Bréfritari: Páll Magnússon
Viðtakandi: Jón Borgfirðingur
Dagsetning: A-1866-02-23
Skrifað á: Kjarna  Eyf.

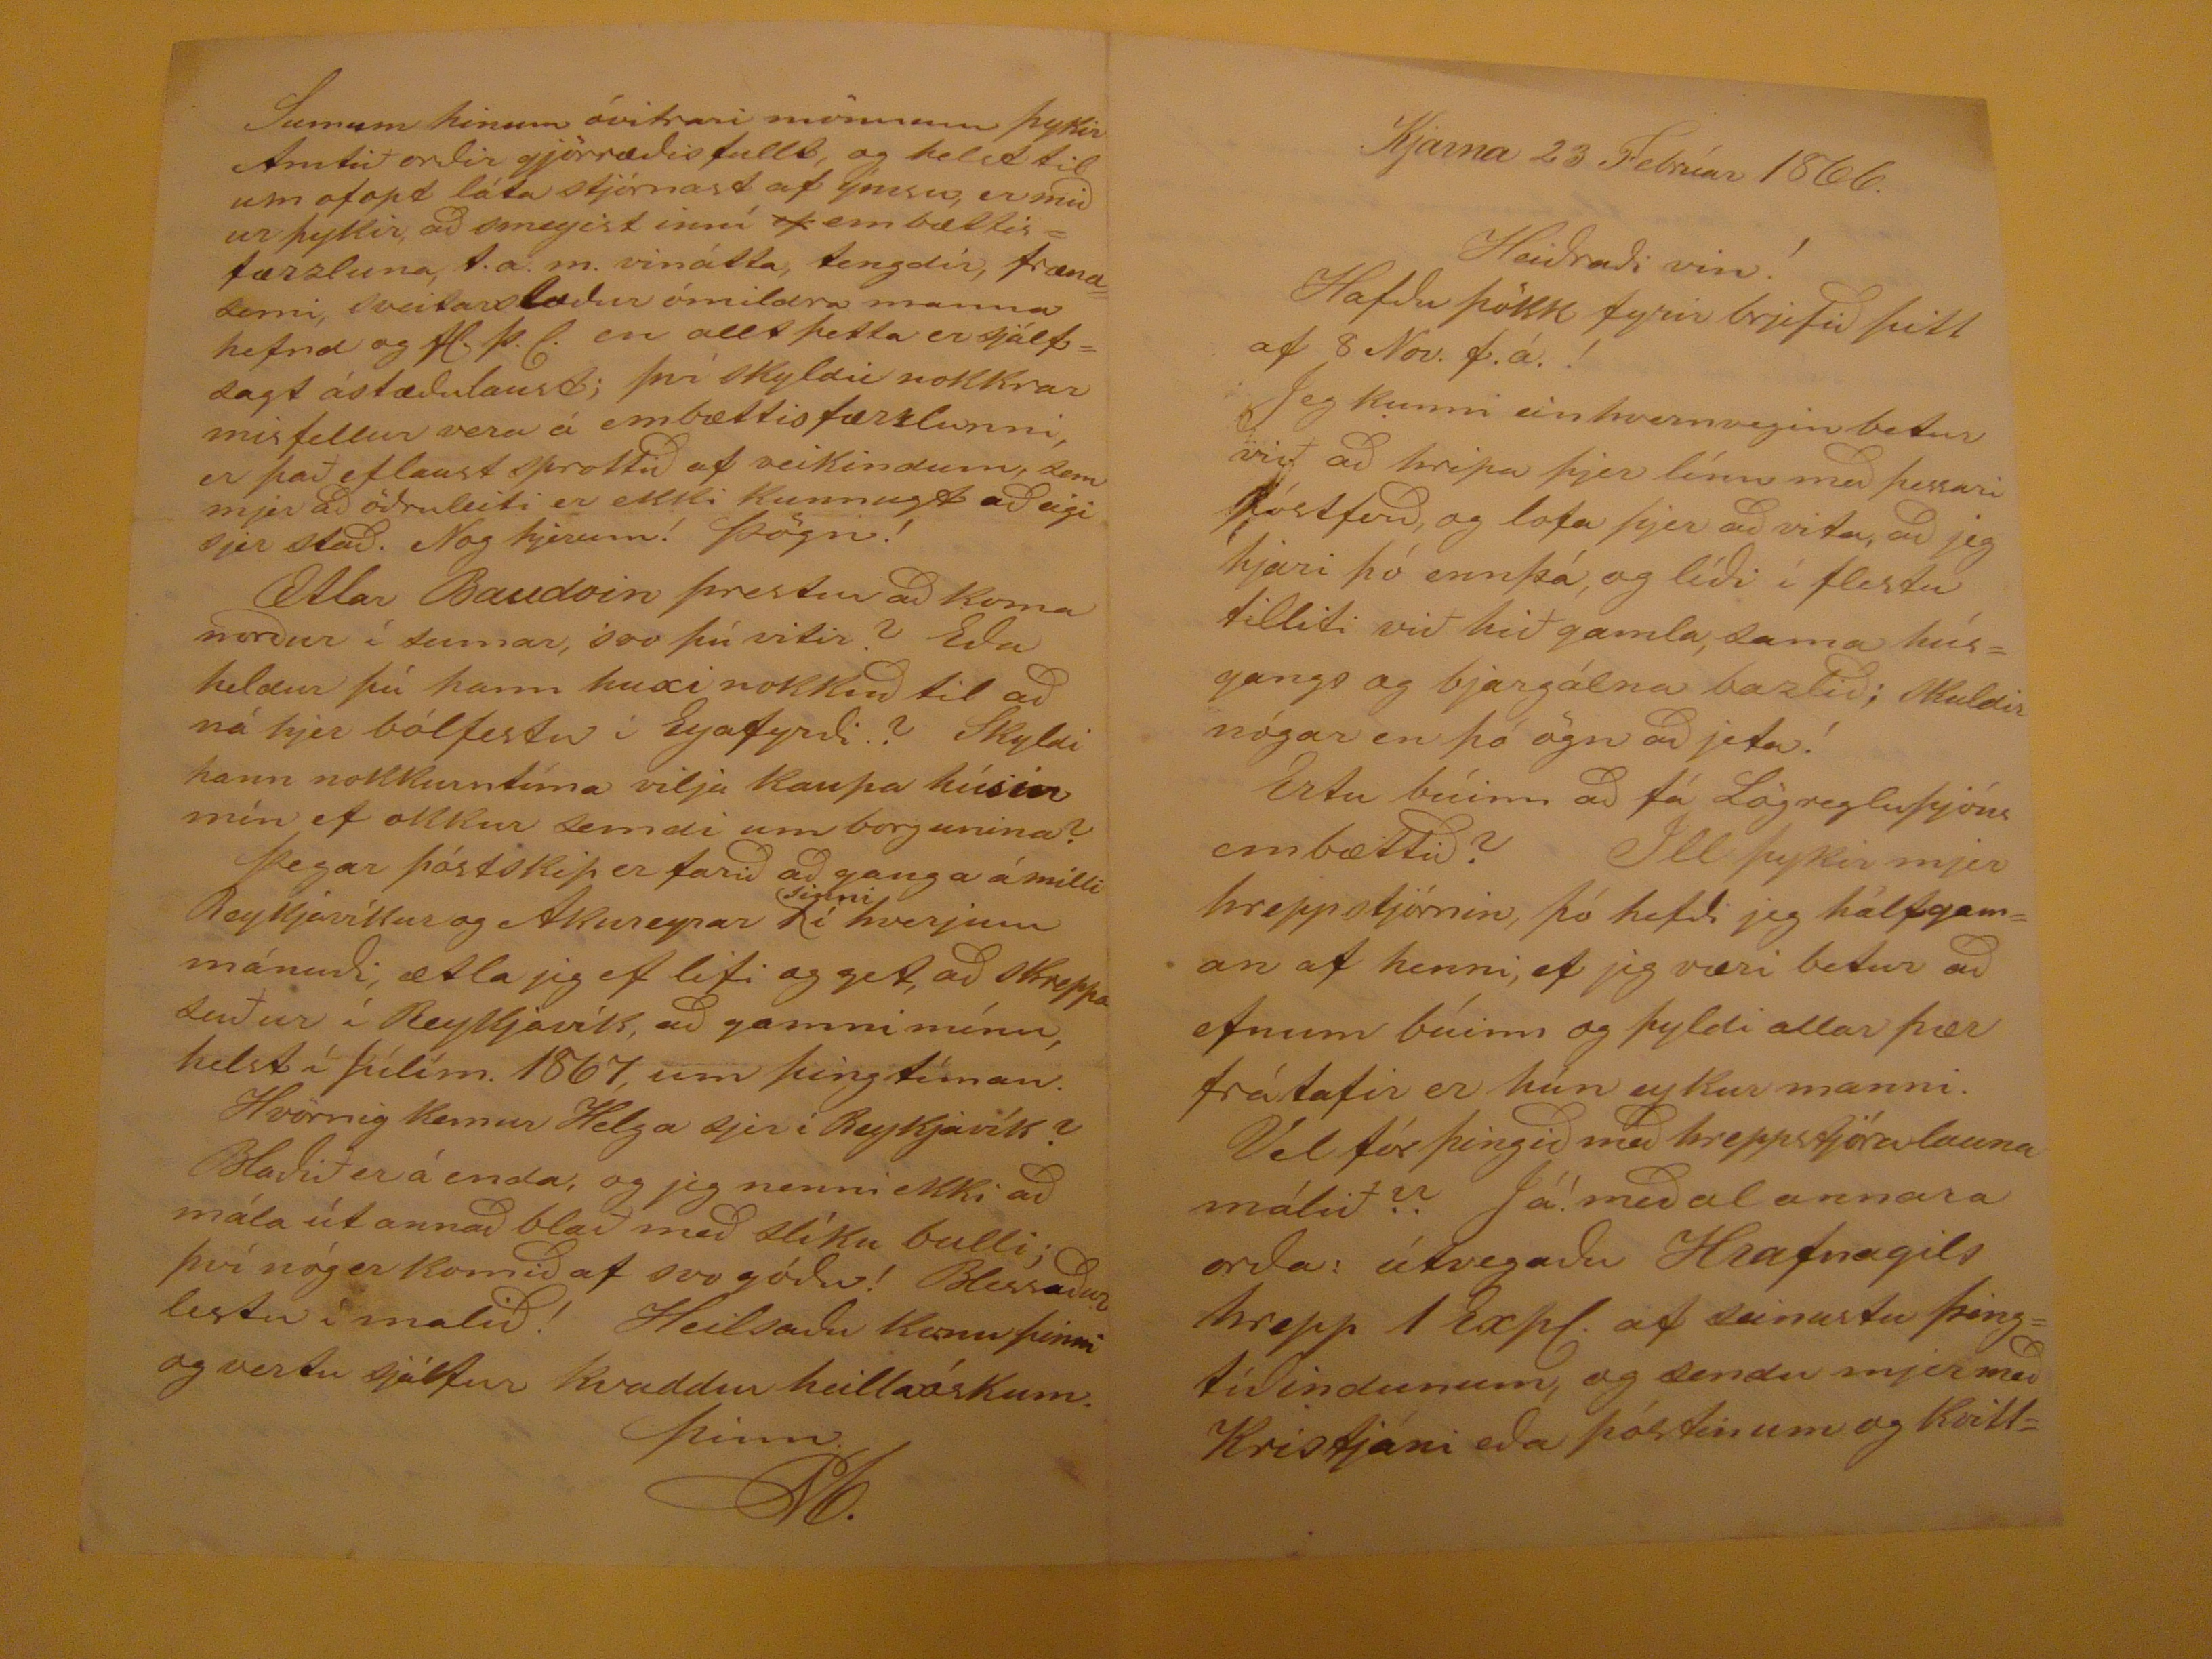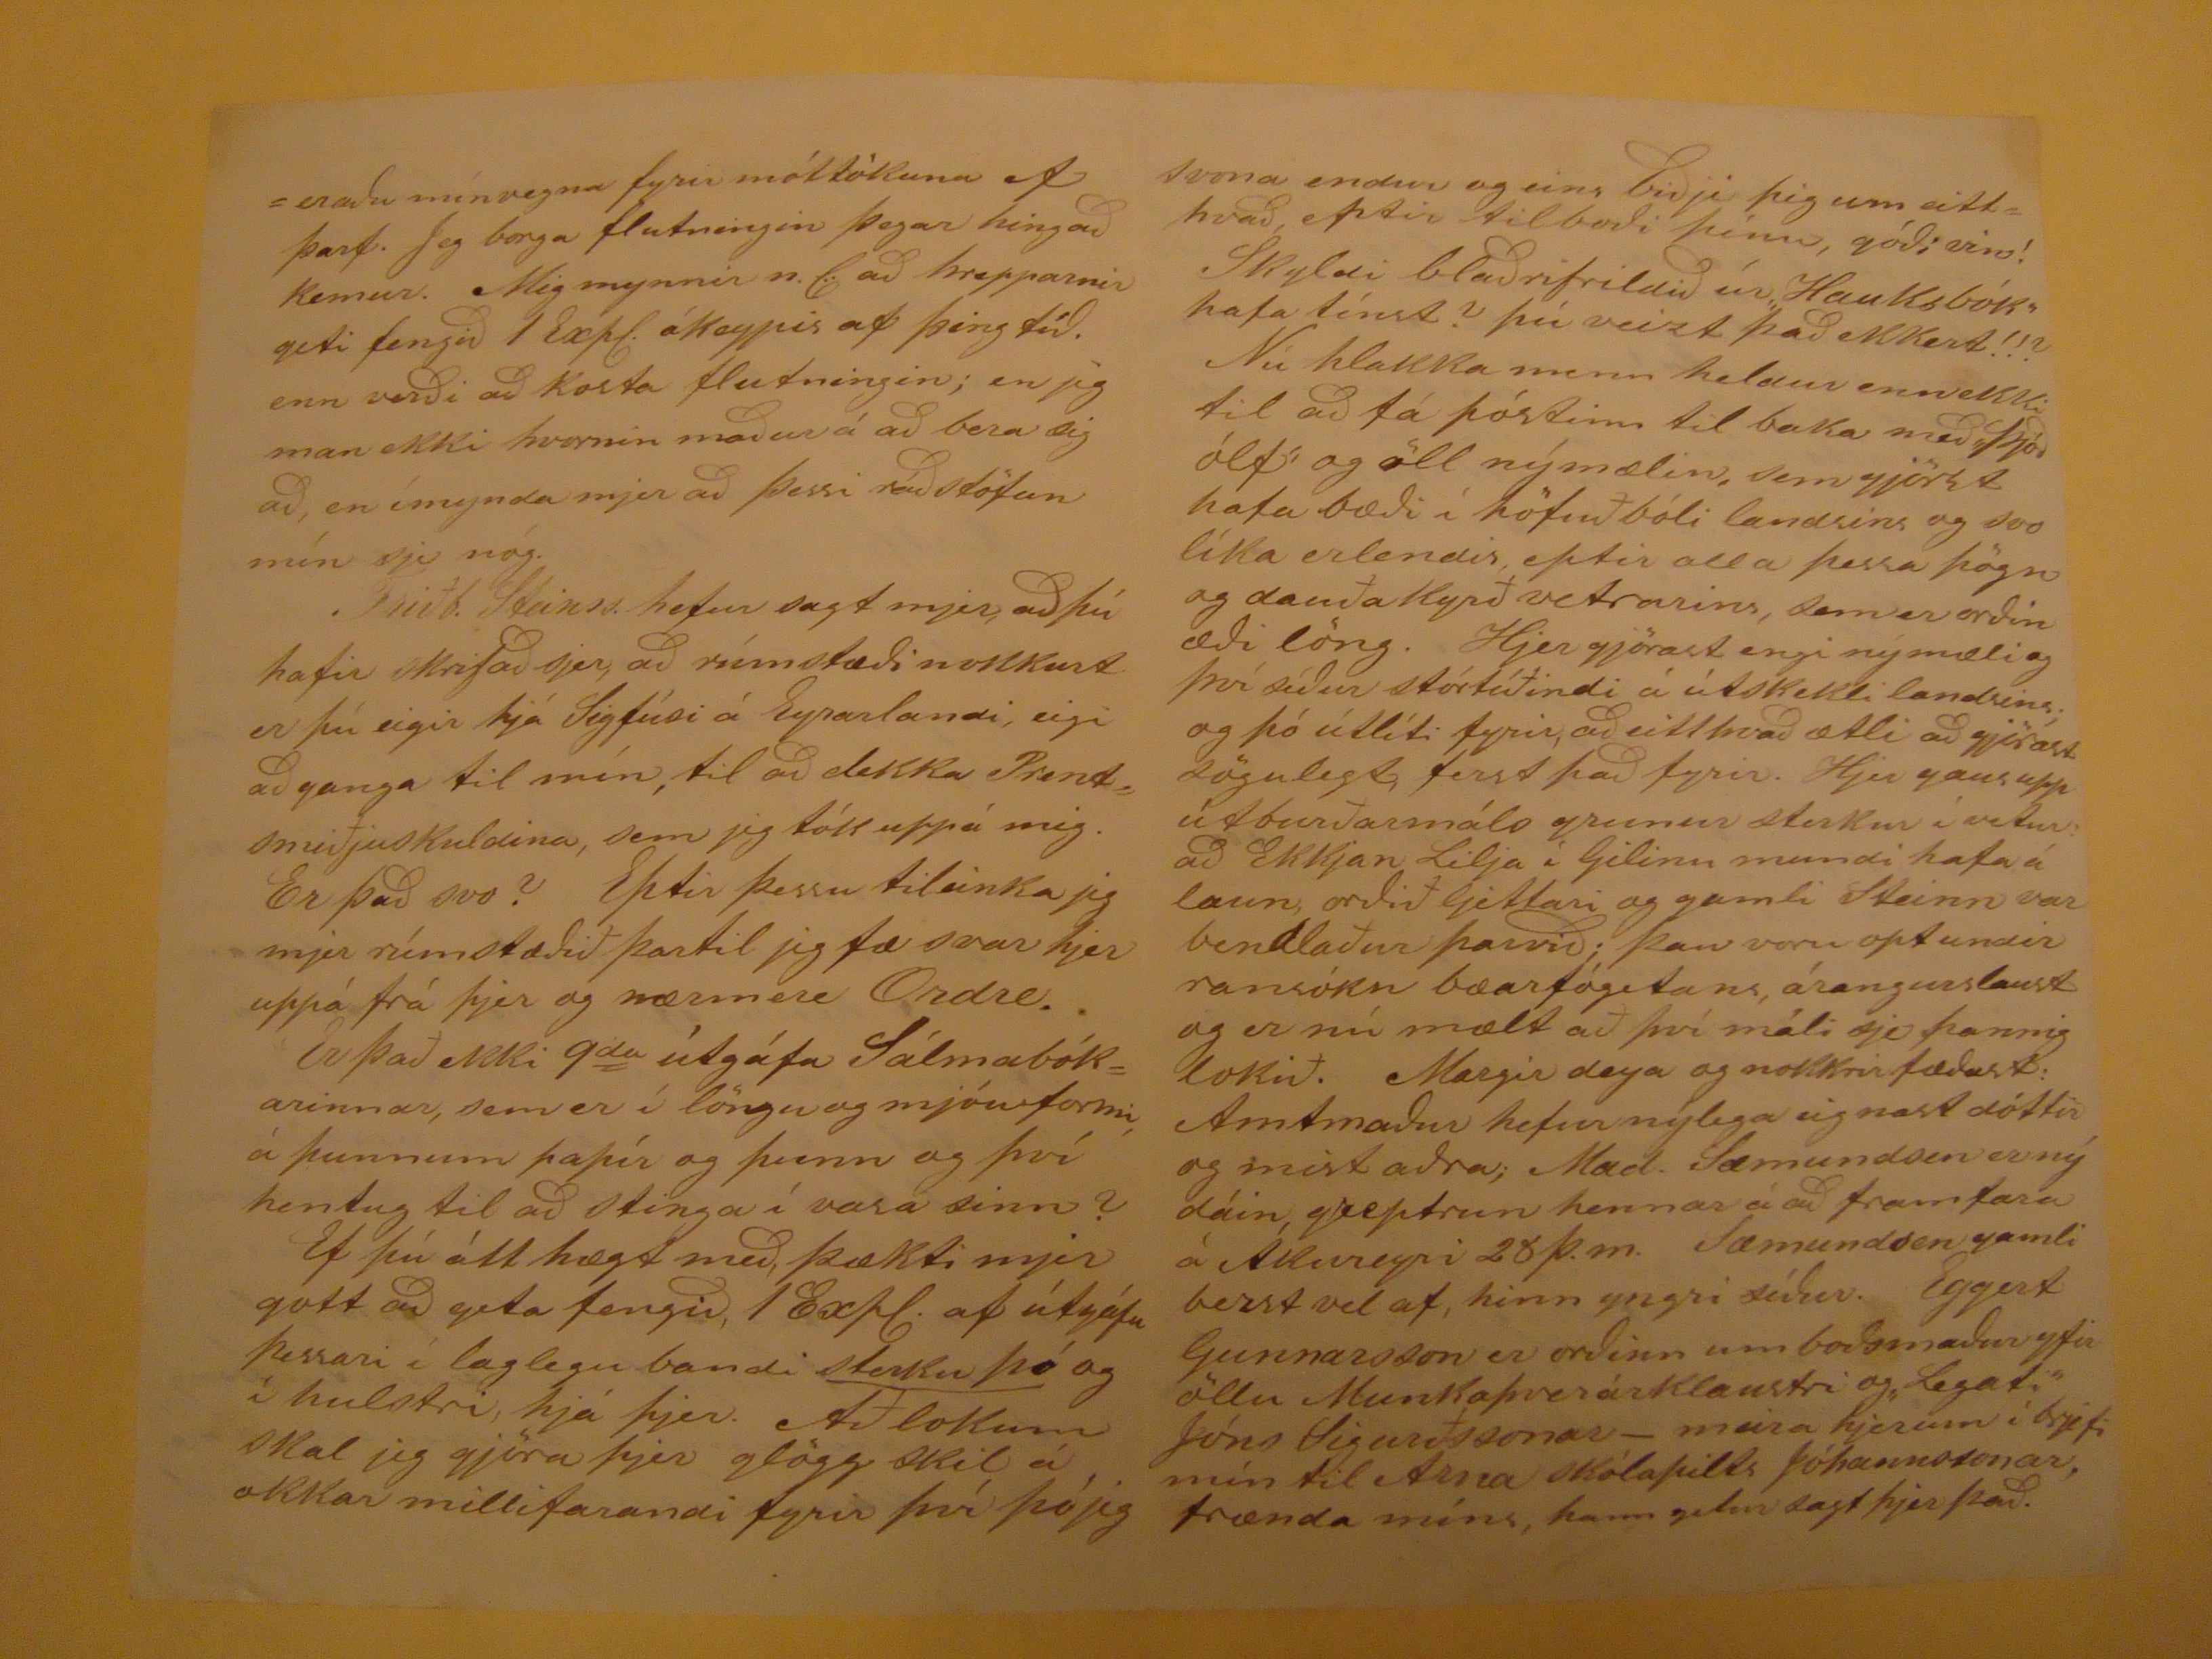

Kjarna 23 Febrúar 1866.
Heidradi vin!
Hafdu þökk fyrir brjefid þitt af 8 Nov. f. á.!
Jeg kunni einhvernvegin betur við ad hripa þjer línu med þessari póstferd, og lofa þjer ad vita, ad jeg ljæri þó ennþá, og lídi í flestu tilliti við hið gamla, sama húsgangs og bjargálma barlid; Skuldir nógar en þó ögn ad jeta!
Ertu búinn ad fá Lögregluþjóns embættid? Ill þykir mjer hreppstjórnin, þó hefdi jeg hálfgaman af henni ef jeg væri betur ad efnum búinn og þyldi allar þær frátafir er hún eykur manni.
Vel fór þingid med hreppstjóralauna málid fá! medal annara orda: útvegadu Hrafnagils hrepp 1 Expt. af seinustu þingtídindunum, og sendu mjer med Kristjáni eda póstinum og Kvill
eradu mínvegna fyrir móttökuna ef þarf. Jeg borga flutningin þegar hingad kemur. Mig mynnir n. f: ad hrepparnir geti fengid 1 Expt. ókeypis af þing tíd. enn verdi ad kosta flutningin; en jeg man ekki hvernin madur á ad bera sig ad, en ímynda mjer ad þessi rádstöfun mín sje nóg.
Friðb. Steinss. hefur sagt mjer, ad þú hafir skrifad sjer, ad rímstædi nokkurt er þú eigir hjá Sigfúsi á Eyrarlandi, eigi ad ganga til mín, til ad dekka Prestsmiðjuskuldina, sem jeg tók uppá mig. Er þad svo? Eptir þessu tileinka jeg mjer rúmstædið þartil jeg fæ svar hjer uppá frá þjer og næumer Ondre.
Er það ekki 9da útgáfa Sálmabókarinnar, sem er í löngu og mjóu formi, á þunnum papír og þunn og því hentug til ad stinga í vasa sinn?
Ef þú átt hægt med, þækti mjer gott ad geta fengid, 1 Expt. af útgáfu þessari í laglegu bandi sterku þó og í hulstri, hjá þjer. Að lokum skal jeg gjöra þjer glögg skil á okkar millifarandi fyrir því þó jeg
svona endur og eins bidji þig um eitthvad, eptir tilbodi þínu, gódi eins!
Skyldi bladrifrildid úr Hauksbók hafa tínst? þú veizt þad ekkert!!?
Nú hlakka menn heldur enn ekki til ad fá póstinn til baka med þjódólfi og öll nýmælin, sem gjörst hafa bædi í höfuðbóli landsins og svo líka erlendis, eptir alla þessa þögn og dauða Kyrð vetrarins, sem er ordin ædi löng. Hjer gjörast engi nýmæli og því sídur stórtíðindi á útskekli landsins. og þó útlíti fyrir, ad eitthvad ætli ad gjörast sögulegt, ferst þad fyrir. Hjer gaus upp útbarðarmáls gumur sterkur í vetur: ad Ekkjan Lilja í Gilinu mundi hafa á laun ordið Gittari og gamli Steinn var bendlaður þarvid; þau voru opt undir ransókn bæarfógetans, árangurslaust og er nú mælt að því máli sje þannig lokið. Margir deya og nokkrir fædast. Amtmadur hefur nýlega eignast dóttir og mist adra; Mad. Sæmundsen er ný dáin, greptrun hennar á ad framfara á Akureyri 28 þ.m. Sæmundsen gamli berzt vel af, hinn yngri sídur. Eggert Gunnarsson er ordinn umbodsmadur yfir öllu Munkaþverárklaustri og legati Jóns Sigurðssonar- meira hjerum í brjefi mín til Arna skólapilts Jóhannssonar, frænda míns, hann getir sagt þjer þad.
Sumum hinum óvitrari mönnum þykir Amtið ordir gjörrædisfullt, og helst til um ofopt láta stjórnast af ýmsu, er midur þykir, ad smeygist inní
ef
embættisfærzluna, t.a.m. vinátta, tengdir, frænasemi, sveitarslædur ómildra manna hefnd og H.þ.l. en allt þetta er sjálfsagt ástædulaust; því skyldir nokkrar misfellur vera á embættisfærzlunni, er það eflaust sprottid af veikindum, sem mjer ad ödruleiti er ekki kunnugt ad eigi sjer stad. Nog hjerum! Þögn!
Ætlar Balldoin prestur ad koma nordur í sumar, svo þú vitir? Eda heldur þú hann huxi nokkud til ad ná hjer bólfestu i Eyafyrdi? Skyldi hann nokkurntíma vilja Kaupa húsin mín ef okkur semdi um borgunina?
Þegar póstskip er farid ad ganga á milli Reykjavíkur og Akureyrar 1(fyrir ofan "sinni) í hverjum mánudi, ætla jeg ef lifi og get, ad skreppa suður í Reykjavík, ad gamni mínu, helst í þílim. 1867, um þingtíman.
Hvörnig kemur Helga sjer i Reykjavík? Bladið er á enda, og jeg nenni ekki ad mála út annad blað med slíku bulli; því nóg er komid af svo gódu! Blessadur lestu í malid! Heilsadu konu þinni og vertu sjálfur kvaddur heillaóskum.
þinn.
M.